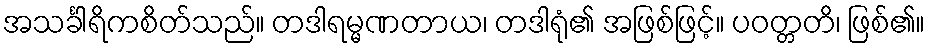
အသင်္ခါရိကစိတ်သည်။ တဒါရမ္မဏတာယ၊ တဒါရုံ၏ အဖြစ်ဖြင့်။ ပဝတ္တတိ၊ ဖြစ်၏။